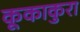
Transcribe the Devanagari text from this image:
कूकाकुरा